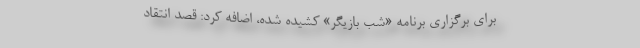
برای برگزاری برنامه «شب بازیگر» کشیده شده، اضافه کرد: قصد انتقاد